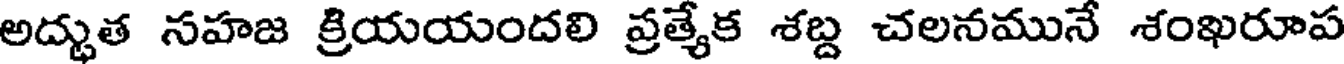
అద్భుత సహజ క్రియయందలి ప్రత్యేక శబ్ద చలనమునే శంఖరూప